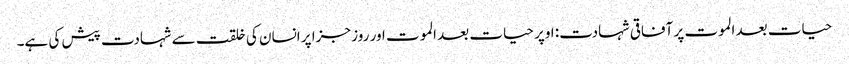
حیات بعد الموت پر آفاقی شہادت: اوپر حیات بعد الموت اور روز جزا پر انسان کی خلقت سے شہادت پیش کی ہے۔